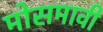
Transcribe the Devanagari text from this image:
मोसमावी